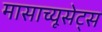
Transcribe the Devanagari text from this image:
मासाच्यूसेट्स